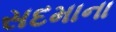
સદમાના